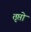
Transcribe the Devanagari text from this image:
तृप्तो